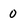
Character: 0